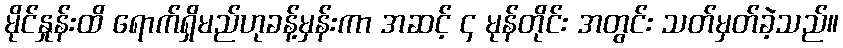
မိုင်နှုန်းထိ ရောက်ရှိမည်ဟုခန့်မှန်းကာ အဆင့် ၄ မုန်တိုင်း အတွင်း သတ်မှတ်ခဲ့သည်။